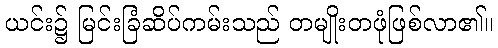
ယင်း၌ မြင်းခြံဆိပ်ကမ်းသည် တမျိုးတဖုံဖြစ်လာ၏။